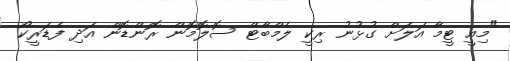
"މިއީ ޓީމާ އަލަށް ގުޅުނު ރިކީ ލެމްބާޓް ސޮލޮމޮން ރޮންޑޮން އަދި ފެޑަރީކޯ